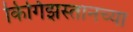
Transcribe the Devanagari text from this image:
किर्गिझस्तानच्या